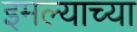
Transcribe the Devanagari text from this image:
इमल्याच्या